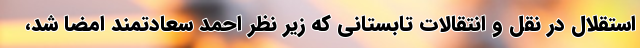
استقلال در نقل و انتقالات تابستانی که زیر نظر احمد سعادتمند امضا شد،